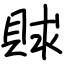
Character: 賕